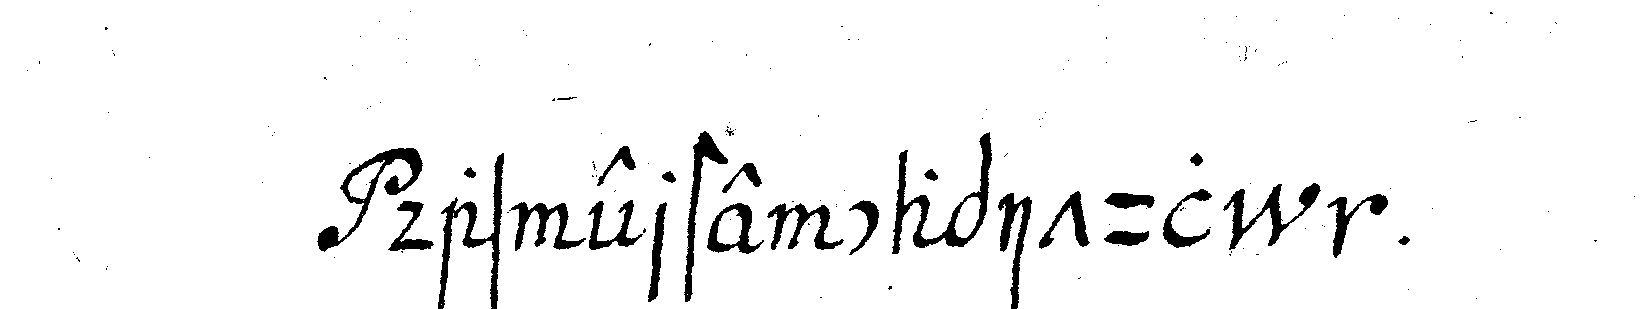
das erste capitl  .